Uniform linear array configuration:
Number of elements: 64
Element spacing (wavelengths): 0.25
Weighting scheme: kaiser
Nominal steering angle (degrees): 0
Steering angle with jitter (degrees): -0.004911
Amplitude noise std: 0.05
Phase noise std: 0.05

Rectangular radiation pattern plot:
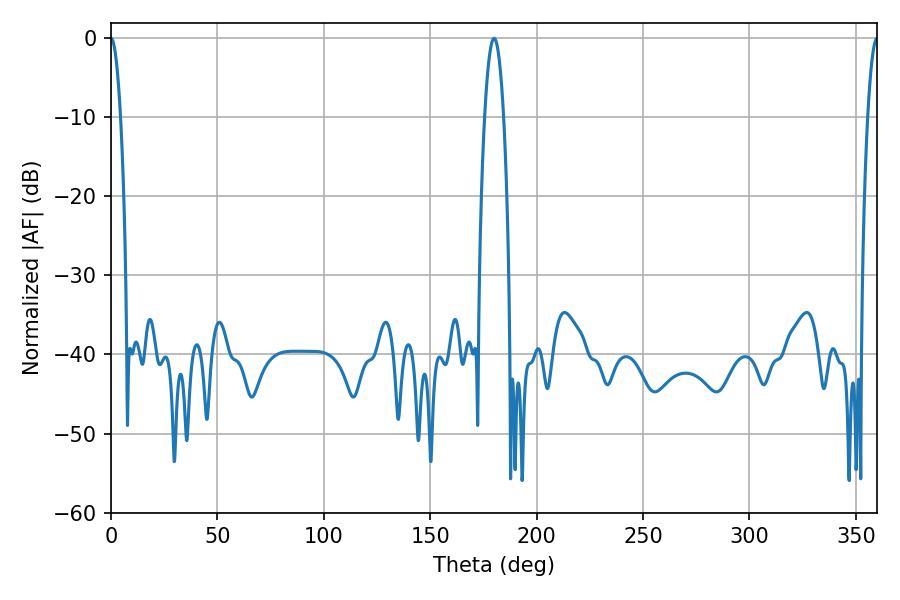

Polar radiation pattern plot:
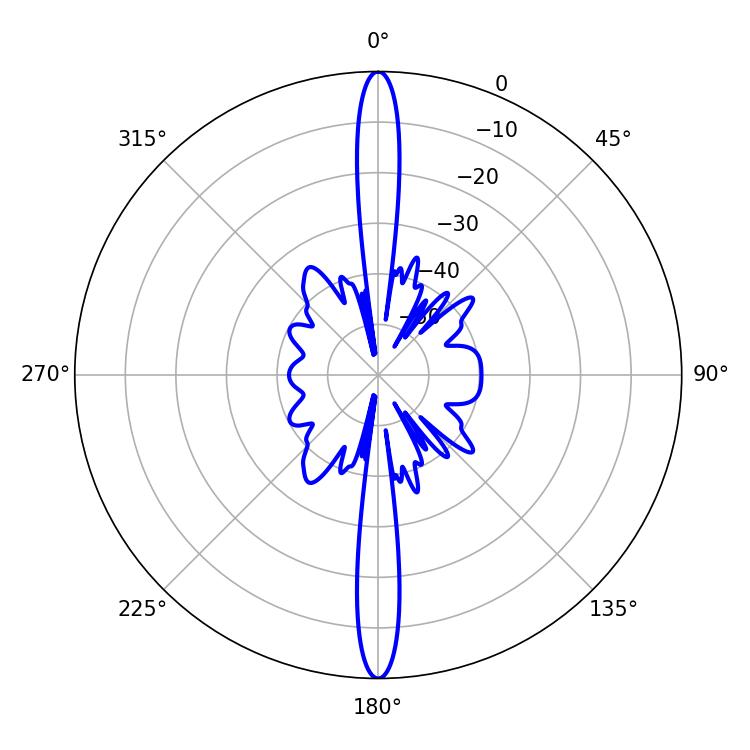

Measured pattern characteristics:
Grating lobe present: FALSE
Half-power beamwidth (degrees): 2.52
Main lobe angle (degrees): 0